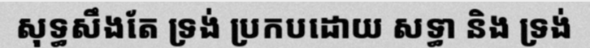
សុទ្ធសឹងតែ ទ្រង់ ប្រកបដោយ សទ្ធា និង ទ្រង់